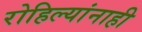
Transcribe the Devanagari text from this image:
रोहिल्यांनाही